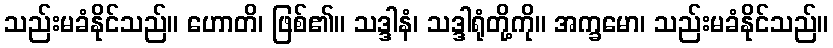
သည်းမခံနိုင်သည်။ ဟောတိ၊ ဖြစ်၏။ သဒ္ဒါနံ၊ သဒ္ဒါရုံတို့ကို။ အက္ခမော၊ သည်းမခံနိုင်သည်။